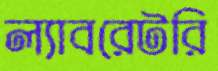
ল্যাবরেটরি